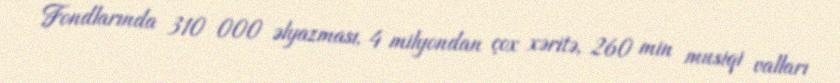
Fondlarında 310 000 əlyazması, 4 milyondan çox xəritə, 260 min musiqi valları